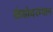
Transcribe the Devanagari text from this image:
खंडांदरम्यान